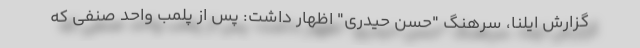
گزارش ایلنا، سرهنگ "حسن حیدری" اظهار داشت: پس از پلمب واحد صنفی که